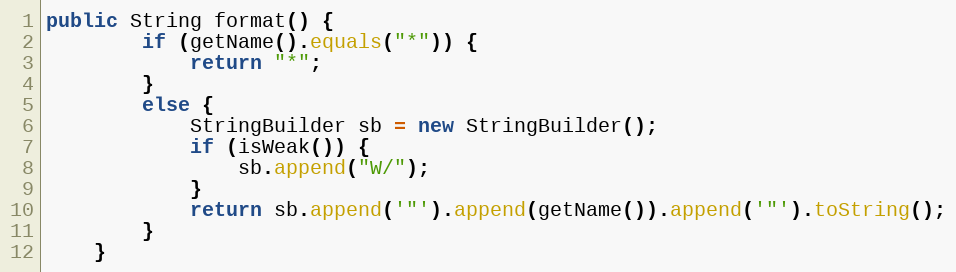
Language: Java
public String format() {
        if (getName().equals("*")) {
            return "*";
        }
        else {
            StringBuilder sb = new StringBuilder();
            if (isWeak()) {
                sb.append("W/");
            }
            return sb.append('"').append(getName()).append('"').toString();
        }
    }